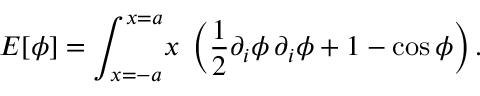
E [ \phi ] = \int _ { x = - a } ^ { x = a } \! \d x \; \left( \frac { 1 } { 2 } \partial _ { i } \phi \, \partial _ { i } \phi + 1 - \cos \phi \right) .